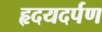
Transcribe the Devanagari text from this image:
हृदयदर्पण